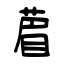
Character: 葿